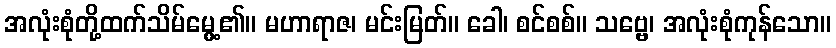
အလုံးစုံတို့ထက်သိမ်မွေ့၏။ မဟာရာဇ၊ မင်းမြတ်။ ခေါ၊ စင်စစ်။ သဗ္ဗေ၊ အလုံးစုံကုန်သော။